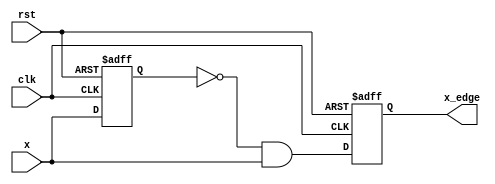
`timescale 1ns / 1ps

module edge_detect(clk, rst, x, x_edge);
	parameter RISING = 1'b1;
	
	input clk, rst, x;
	output x_edge;
	reg x_edge = 0;
	
	reg x_prev = RISING;
	
	always @(posedge clk or posedge rst) begin
		if (rst == 1) begin
			x_prev <= 0;
			x_edge <= 0;
		end else begin
			x_prev <= x;
			x_edge <= RISING ? (~x_prev && x) : (x_prev && ~x);
		end
	end
endmodule